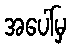
အပေါ်မှ